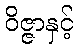
ဝိဇ္ဇာနှင့်